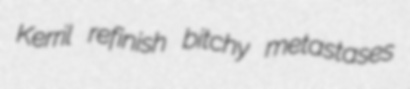
Kerril refinish bitchy metastases